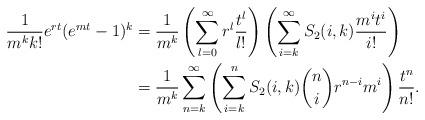
LaTeX: \begin{align*}\frac{1}{m^k k!} e^{rt} (e^{mt}-1)^k &= \frac{1}{m^k} \left( \sum_{l=0}^\infty r^l \frac{t^l}{l!}\right) \left( \sum_{i=k}^\infty S_2(i,k) \frac{m^i t^i}{i!} \right)\\&= \frac{1}{m^k} \sum_{n=k}^\infty \left( \sum_{i=k}^n S_2(i,k) {n \choose i} r^{n-i} m^i \right) \frac{t^n}{n!}.\end{align*}